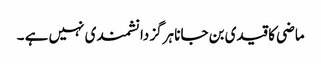
ماضی کا قیدی بن جانا ہرگز دانشمند ی نہیں ہے ۔